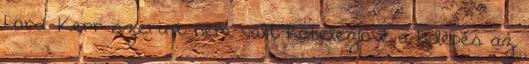
Lord Kerr szerint nem vált kötelezővé a kilépés az